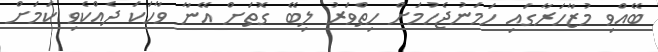
ބޭއްވި މުޒާހަރާގައި ހަމަނުޖެހުމަށް ހިތްވަރު ލިބޭ ގޮތަށް އޭނާ ވާހަކަ ދެއްކެވި ކަމަށް